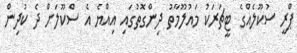
ޕްރީ ސުކޫލެއްގެ ޓީޗަރަކު މައުލޫމާތު ދިންގޮތުގައި އިއްޔެ އެ ސްކޫލަށް ދެ ކުދިން